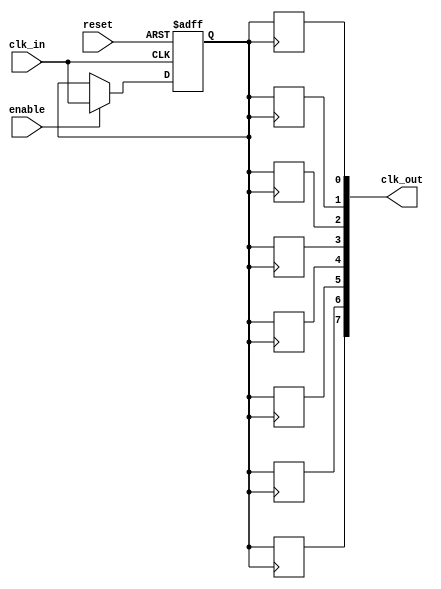
module HighFanoutClockBuffer (
    input wire clk_in,            // Input clock signal
    input wire enable,            // Enable signal for the buffer
    input wire reset,             // Reset signal for isolation
    output wire [N-1:0] clk_out   // Array of output clock signals
);
    parameter N = 8;              // Number of outputs
    parameter DELAY = 2;          // Propagation delay in ns

    // Internal clock signal to synchronize outputs
    reg clk_int;

    // Input stage: Synchronize the input clock
    always @(posedge clk_in or posedge reset) begin
        if (reset) begin
            clk_int <= 1'b0;       // Isolate the output
        end else if (enable) begin
            clk_int <= clk_in;     // Pass the clock signal through
        end
    end

    // Output drivers: Generate multiple clock outputs
    genvar i;
    generate
        for (i = 0; i < N; i = i + 1) begin : output_driver
            // Introducing a delay simulation in each stage
            always @(posedge clk_int) begin
                #DELAY clk_out[i] <= clk_int; // Drive output with delay
            end
        end
    endgenerate

endmodule